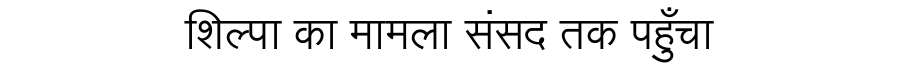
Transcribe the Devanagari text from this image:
शिल्पा का मामला संसद तक पहुँचा